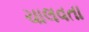
ચાલવતા